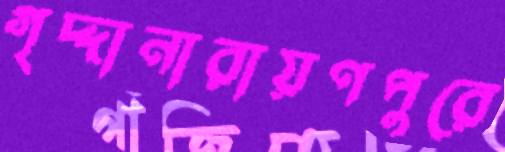
গৃদ্দানারায়ণপুরে